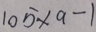
1 0 5 \times a - 1